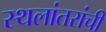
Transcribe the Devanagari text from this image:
स्थलांतरांची